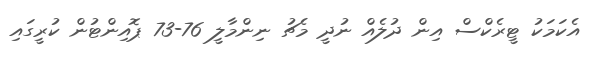
އެކަމަކު ޓީރެކްސް އިން ދުލެއް ނުދީ މެޗު ނިންމާލީ 76-73 ޕޮއިންޓުން ކުރީގައި